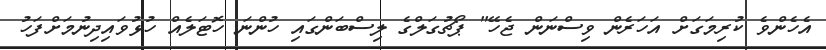
އެހެންވެ ކުރިމަގަށް އަހަރެން ވިސްނަން ޖެހޭ" ޕޯޗުގަލްގެ ލިސްބަންގައި ހުންނަ ހޮޓަލެއް ހުޅުވައިދިނުމަށްފަހު